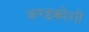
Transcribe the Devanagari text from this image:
अण्डकोशों